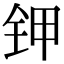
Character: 钾